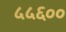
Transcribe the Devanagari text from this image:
५५६००